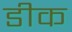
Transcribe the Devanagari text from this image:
डीक